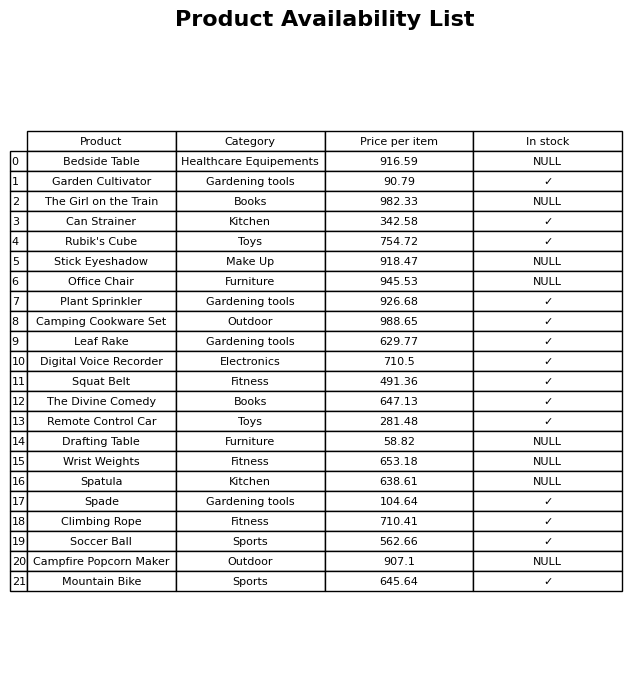
question: What is the price of the Can Strainer?
answer: The price of Can Strainer is 342.58.